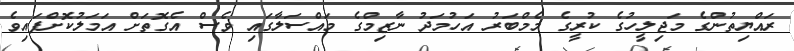
ރައްޔިތުންގެ މަޖިލީހުގެ ކުރީގެ މެމްބަރު އަހުމަދު ނާޒިމްގެ މައްސަލާގައި ވެސް އެގޮތަށް އަމަލުކޮށްފައިވެ